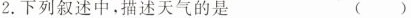
2.下列叙述中，描述天气的是 ( )